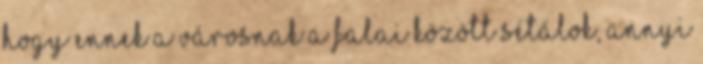
hogy ennek a városnak a falai között sétálok, annyi